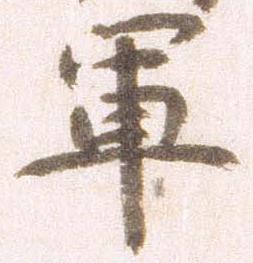
軍